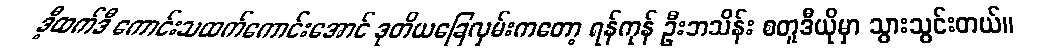
ဒီ့ထက်ဒီ ကောင်းသထက်ကောင်းအောင် ဒုတိယခြေလှမ်းကတော့ ရန်ကုန် ဦးဘသိန်း စတူဒီယိုမှာ သွားသွင်းတယ်။